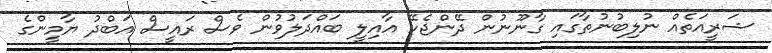
ޝަރީއަތެއް ނުލިބުނުތާގައި ގާނޫނުން ދޭންޖެހޭ އާއިލީ ބައްދަލުވުން ވެސް ރައީސް އަބްދު ޔާމީންގެ